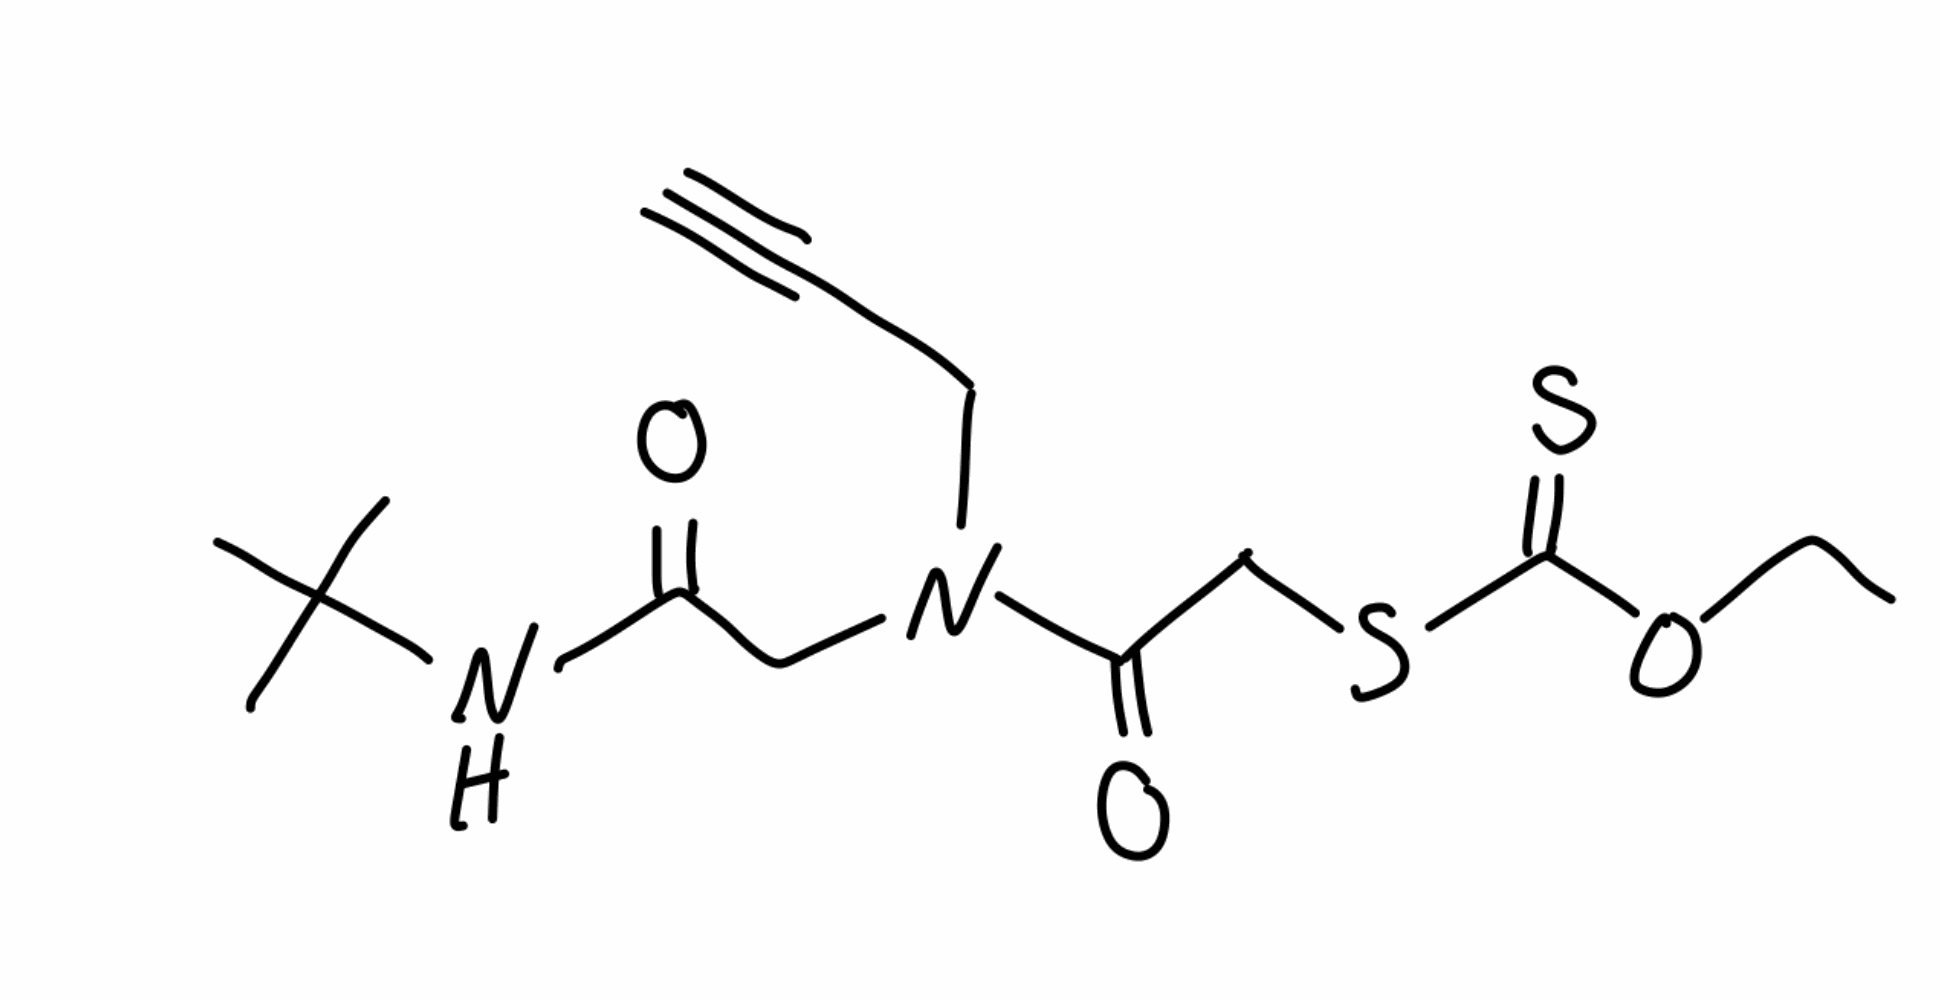
Simplified molecular-input line-entry system (SMILES) notation of the given molecule:
CCOC(=S)SCC(=O)N(CC#C)CC(=O)NC(C)(C)C